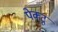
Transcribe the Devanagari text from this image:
पेक्टू